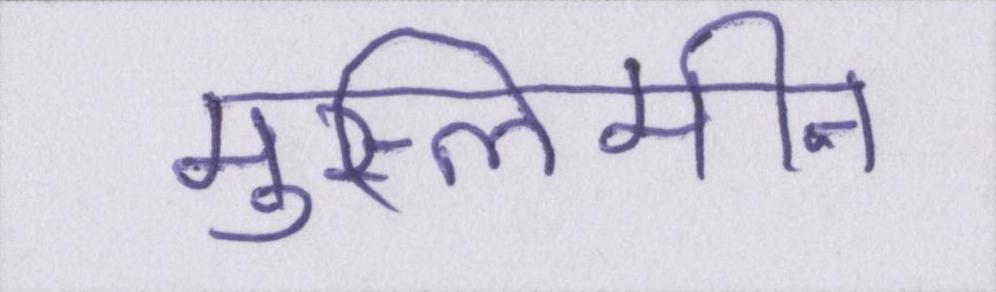
मुस्लिमीन